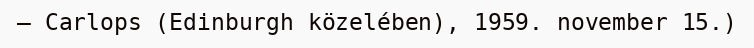
– Carlops (Edinburgh közelében), 1959. november 15.)